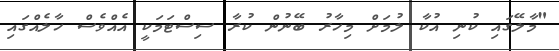
"މާލޭގައި ކުނި އުކާ ލުމަށް މިހާރު ބޭނުން ކުރާ ސިސްޓަމަކީ އެއްވެސް ހާލެއްގައި